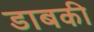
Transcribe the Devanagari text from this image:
डाबकी